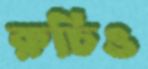
রুচিও